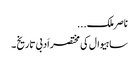
ناصر ملک...
ساہیوال کی مختصر اَدبی تاریخ ۔